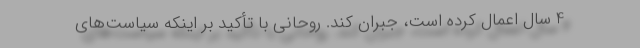
4 سال اعمال کرده است، جبران کند. روحانی با تأکید بر اینکه سیاست‌های